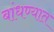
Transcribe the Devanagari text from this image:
बांधण्‍यात